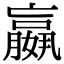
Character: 𡣍